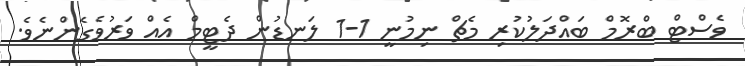
ވެސްޓް ބްރޮމް ބައްދަލުކުރި މެޗް ނިމުނީ 1-1 ލަނޑުން ދެޓީމް އެއް ވަރުވެގެންނެވެ.